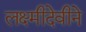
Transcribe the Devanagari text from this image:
लक्ष्मीदेवीने